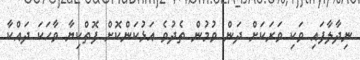
ނިދާލާފައި ވަކި ވަރަކަށް ދަން ވުމުން ތެދުވެ އަޅުކަންކޮށް ފޮތްކިޔާ ވާހަކަ ދައްކާ